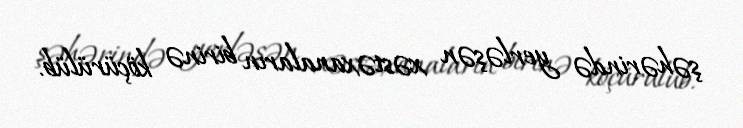
şəhərində yerləşən xəstəxanaların birinə köçürülüb.